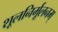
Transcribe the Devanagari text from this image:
शूलनिर्मूलनम्